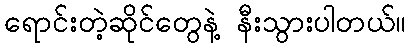
ရောင်းတဲ့ဆိုင်တွေနဲ့ နီးသွားပါတယ်။